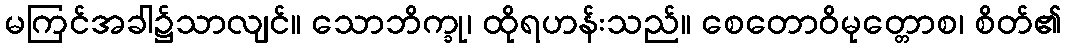
မကြင်အခါ၌သာလျင်။ သောဘိက္ခု၊ ထိုရဟန်းသည်။ စေတောဝိမုတ္တောစ၊ စိတ်၏